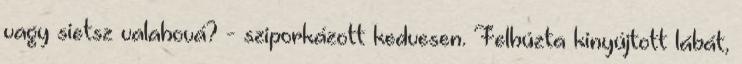
vagy sietsz valahová? - sziporkázott kedvesen. Felhúzta kinyújtott lábát,